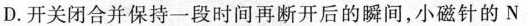
D.开关闭合并保持一段时间再断开后的瞬间，小磁针的N